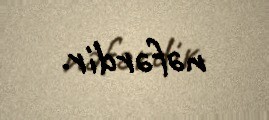
nəfərdir.